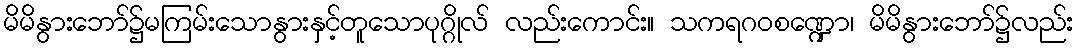
မိမိနွားဘော်၌မကြမ်းသောနွားနှင့်တူသောပုဂ္ဂိုလ် လည်းကောင်း။ သကရဂဝစဏ္ဍော၊ မိမိနွားဘော်၌လည်း